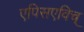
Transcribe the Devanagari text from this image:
एपिसएविच्